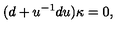
( d + u ^ { - 1 } d u ) \kappa = 0 ,